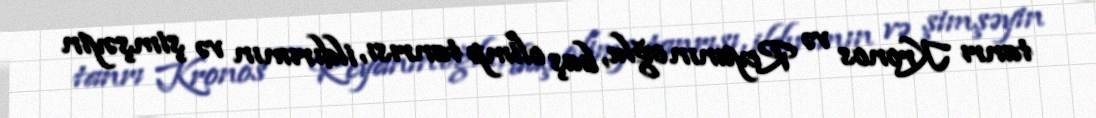
tanrı Kronos və Reyanın oğlu, baş olimp tanrısı, ildırımın və şimşəyin